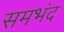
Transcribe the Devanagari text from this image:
समभंद